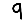
Digit: 9